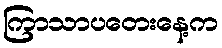
ကြာသာပတေးနေ့က